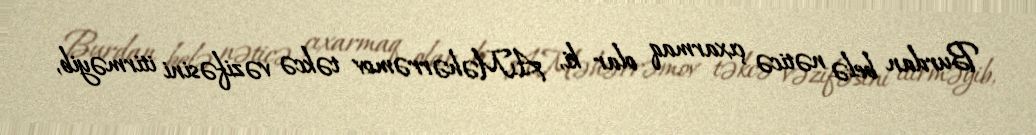
Burdan belə nəticə çıxarmaq olar ki, A.Məhərrəmov təkcə vəzifəsini itirməyib,